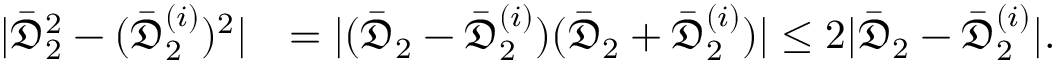
\begin{array} { r l } { | \bar { \mathfrak { D } } _ { 2 } ^ { 2 } - ( \bar { \mathfrak { D } } _ { 2 } ^ { ( i ) } ) ^ { 2 } | } & { = | ( \bar { \mathfrak { D } } _ { 2 } - \bar { \mathfrak { D } } _ { 2 } ^ { ( i ) } ) ( \bar { \mathfrak { D } } _ { 2 } + \bar { \mathfrak { D } } _ { 2 } ^ { ( i ) } ) | \leq 2 | \bar { \mathfrak { D } } _ { 2 } - \bar { \mathfrak { D } } _ { 2 } ^ { ( i ) } | . } \end{array}